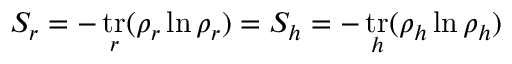
S _ { r } = - \mathop { \mathrm { t r } } _ { r } ( \rho _ { r } \ln \rho _ { r } ) = S _ { h } = - \mathop { \mathrm { t r } } _ { h } ( \rho _ { h } \ln \rho _ { h } )